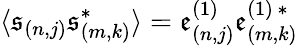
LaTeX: \langle\mathfrak{s}_{(n,j)}\mathfrak{s}_{(m,k)}^{\ast}\rangle=\mathfrak{e}_{(n,j)}^{(1)}\mathfrak{e}_{(m,k)}^{(1)\, \ast}